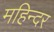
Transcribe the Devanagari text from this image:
महिन्दर